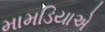
મામડિયાએ